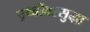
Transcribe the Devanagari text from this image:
पृथ्वीवरसुद्धा